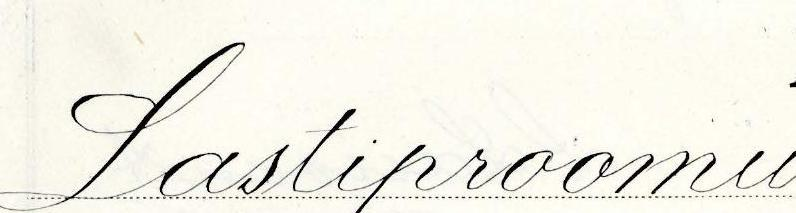
Lastiproomu